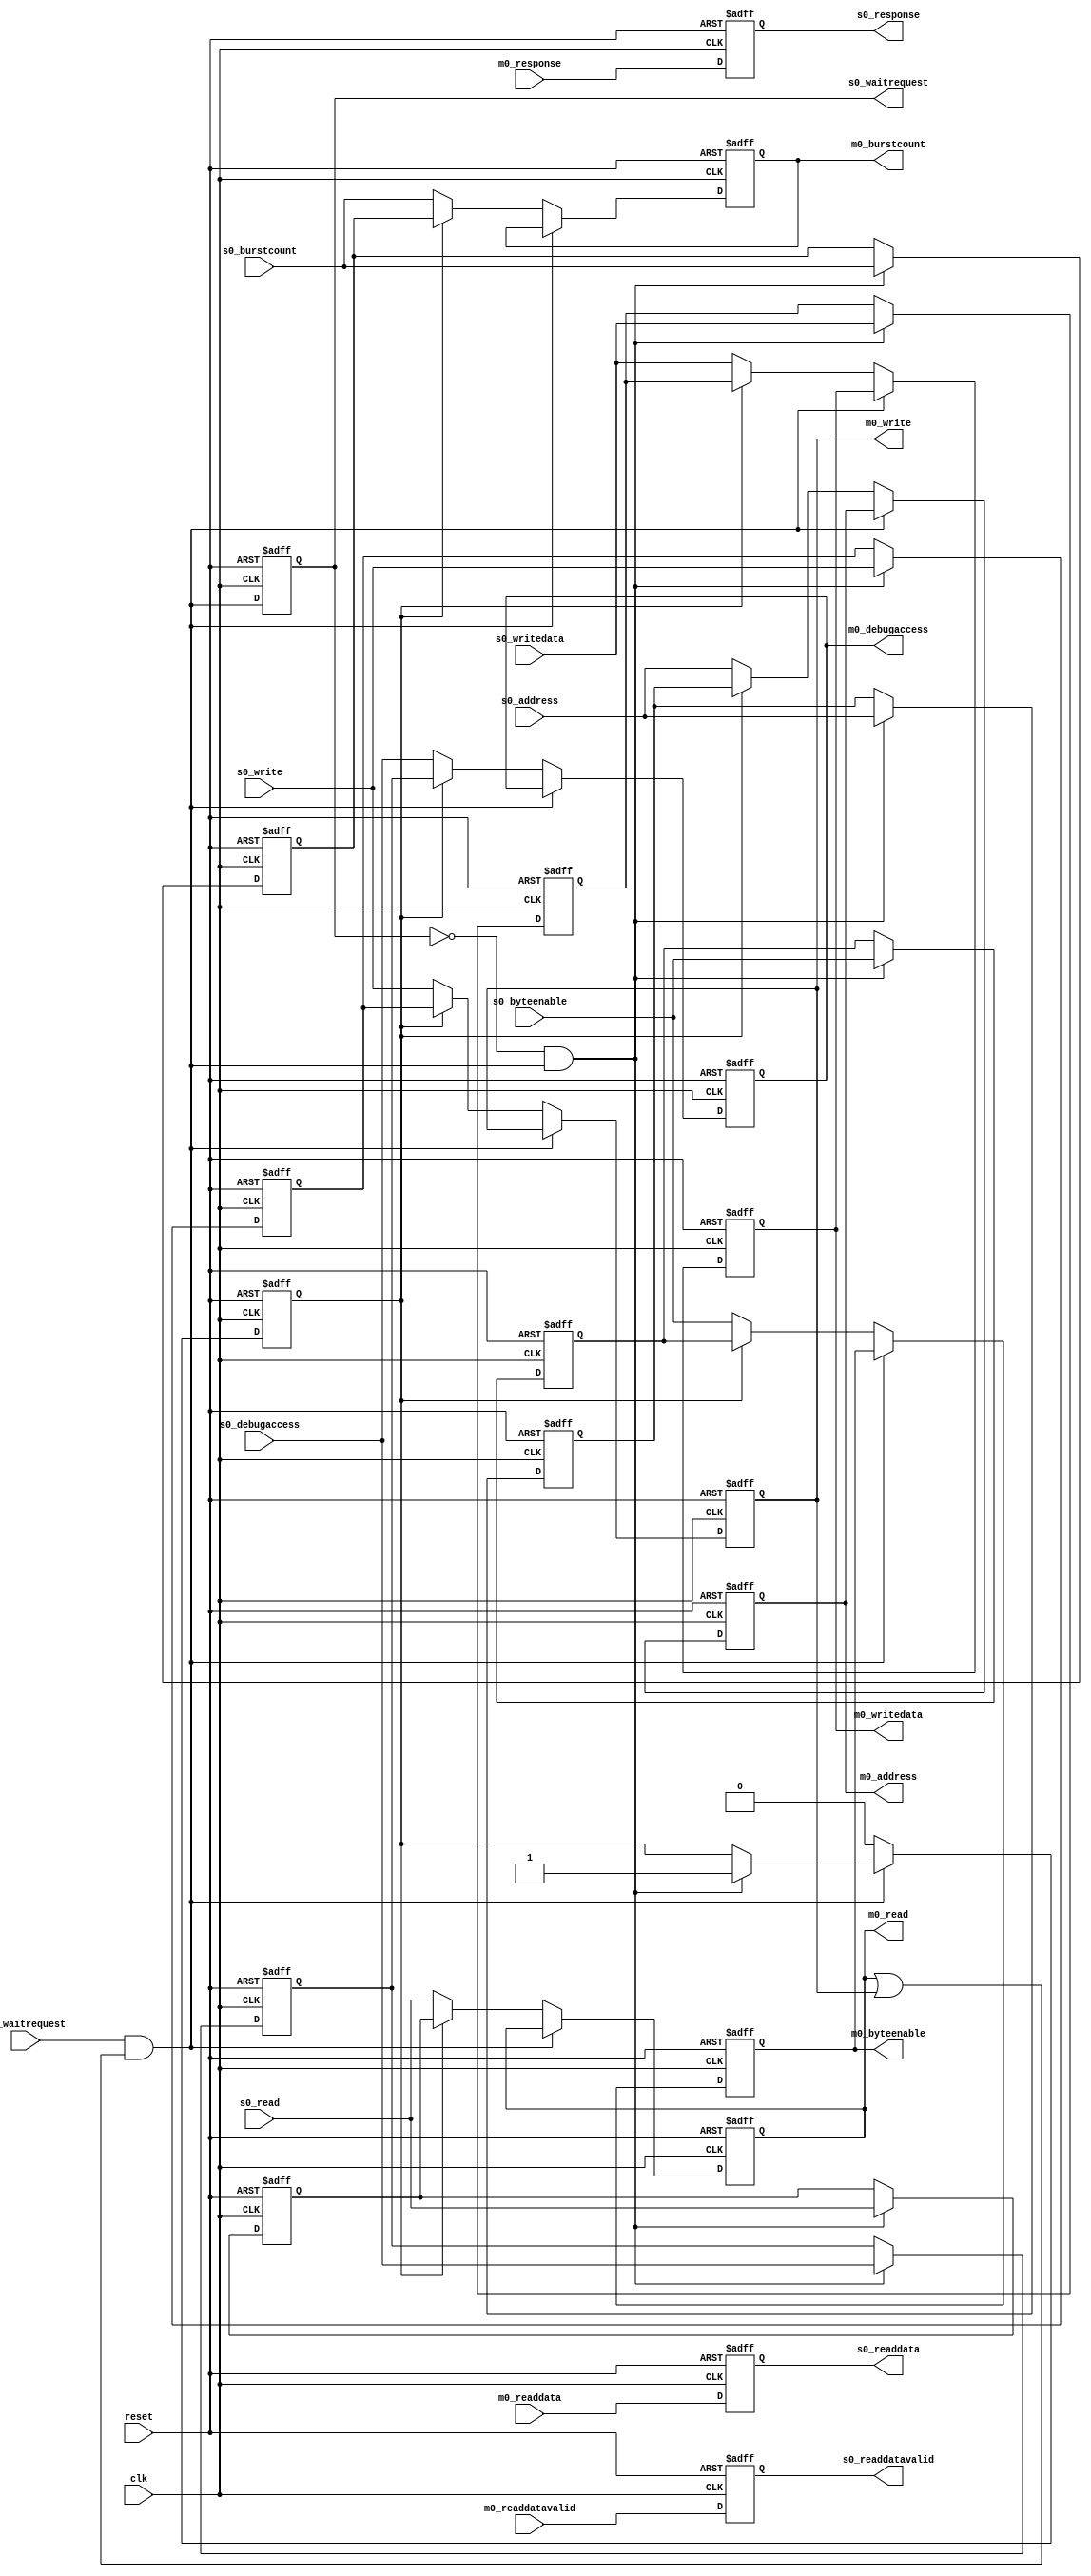
// (C) 2001-2017 Intel Corporation. All rights reserved.
// Your use of Intel Corporation's design tools, logic functions and other
// Redistribution  and  use  in source  and  binary  forms,  with  or  without
// modification, are permitted provided that the following conditions are met:
//
// * Redistributions of  source code  must retain the  above copyright notice,
//   this list of conditions and the following disclaimer.
// * Redistributions in binary form must reproduce the above copyright notice,
//   this list of conditions and the following disclaimer in the documentation
//   and/or other materials provided with the distribution.
// * Neither the name  of Intel Corporation  nor the names of its contributors
//   may be used to  endorse or promote  products derived  from this  software
//   without specific prior written permission.
//
// THIS SOFTWARE IS PROVIDED BY THE COPYRIGHT HOLDERS AND CONTRIBUTORS "AS IS"
// AND ANY EXPRESS OR IMPLIED WARRANTIES, INCLUDING,  BUT NOT LIMITED TO,  THE
// IMPLIED WARRANTIES OF  MERCHANTABILITY AND FITNESS FOR A PARTICULAR PURPOSE
// ARE DISCLAIMED.  IN NO EVENT  SHALL THE COPYRIGHT OWNER  OR CONTRIBUTORS BE
// LIABLE  FOR  ANY  DIRECT,  INDIRECT,  INCIDENTAL,  SPECIAL,  EXEMPLARY,  OR
// CONSEQUENTIAL  DAMAGES  (INCLUDING,  BUT  NOT LIMITED  TO,  PROCUREMENT  OF
// SUBSTITUTE GOODS OR SERVICES;  LOSS OF USE,  DATA, OR PROFITS;  OR BUSINESS
// INTERRUPTION)  HOWEVER CAUSED  AND ON ANY THEORY  OF LIABILITY,  WHETHER IN
// CONTRACT,  STRICT LIABILITY,  OR TORT  (INCLUDING NEGLIGENCE  OR OTHERWISE)
// ARISING IN ANY WAY OUT OF THE USE OF THIS SOFTWARE,  EVEN IF ADVISED OF THE
// POSSIBILITY OF SUCH DAMAGE.



// $Id: //acds/rel/16.0/ip/merlin/altera_avalon_mm_bridge/altera_avalon_mm_bridge.v#1 $
// $Revision: #1 $
// $Date: 2016/02/08 $
// $Author: swbranch $
// --------------------------------------
// Avalon-MM pipeline bridge
//
// Optionally registers Avalon-MM command and response signals
// --------------------------------------

`timescale 1 ns / 1 ns
module altera_avalon_mm_bridge
#(
    parameter DATA_WIDTH           = 32,
    parameter SYMBOL_WIDTH         = 8,
    parameter RESPONSE_WIDTH       = 2,
    parameter HDL_ADDR_WIDTH       = 10,
    parameter BURSTCOUNT_WIDTH     = 1,

    parameter PIPELINE_COMMAND     = 1,
    parameter PIPELINE_RESPONSE    = 1,

    // --------------------------------------
    // Derived parameters
    // --------------------------------------
    parameter BYTEEN_WIDTH = DATA_WIDTH / SYMBOL_WIDTH
)
(
    input                         clk,
    input                         reset,

    output                        s0_waitrequest,
    output [DATA_WIDTH-1:0]       s0_readdata,
    output                        s0_readdatavalid,
    output [RESPONSE_WIDTH-1:0]   s0_response,
    input  [BURSTCOUNT_WIDTH-1:0] s0_burstcount,
    input  [DATA_WIDTH-1:0]       s0_writedata,
    input  [HDL_ADDR_WIDTH-1:0]   s0_address,
    input                         s0_write,
    input                         s0_read,
    input  [BYTEEN_WIDTH-1:0]     s0_byteenable,
    input                         s0_debugaccess,

    input                         m0_waitrequest,
    input  [DATA_WIDTH-1:0]       m0_readdata,
    input                         m0_readdatavalid,
    input  [RESPONSE_WIDTH-1:0]   m0_response,
    output [BURSTCOUNT_WIDTH-1:0] m0_burstcount,
    output [DATA_WIDTH-1:0]       m0_writedata,
    output [HDL_ADDR_WIDTH-1:0]   m0_address,
    output                        m0_write,
    output                        m0_read,
    output [BYTEEN_WIDTH-1:0]     m0_byteenable,
    output                        m0_debugaccess
);
    // --------------------------------------
    // Registers & signals
    // --------------------------------------
    reg [BURSTCOUNT_WIDTH-1:0]   cmd_burstcount;
    reg [DATA_WIDTH-1:0]         cmd_writedata;
    reg [HDL_ADDR_WIDTH-1:0]     cmd_address;
    reg                          cmd_write;
    reg                          cmd_read;
    reg [BYTEEN_WIDTH-1:0]       cmd_byteenable;
    wire                         cmd_waitrequest;
    reg                          cmd_debugaccess;

    reg [BURSTCOUNT_WIDTH-1:0]   wr_burstcount;
    reg [DATA_WIDTH-1:0]         wr_writedata;
    reg [HDL_ADDR_WIDTH-1:0]     wr_address;
    reg                          wr_write;
    reg                          wr_read;
    reg [BYTEEN_WIDTH-1:0]       wr_byteenable;
    reg                          wr_debugaccess;

    reg [BURSTCOUNT_WIDTH-1:0]   wr_reg_burstcount;
    reg [DATA_WIDTH-1:0]         wr_reg_writedata;
    reg [HDL_ADDR_WIDTH-1:0]     wr_reg_address;
    reg                          wr_reg_write;
    reg                          wr_reg_read;
    reg [BYTEEN_WIDTH-1:0]       wr_reg_byteenable;
    reg                          wr_reg_waitrequest;
    reg                          wr_reg_debugaccess;

    reg                          use_reg;
    wire                         wait_rise;

    reg [DATA_WIDTH-1:0]         rsp_readdata;
    reg                          rsp_readdatavalid;
    reg [RESPONSE_WIDTH-1:0]     rsp_response;

    // --------------------------------------
    // Command pipeline
    //
    // Registers all command signals, including waitrequest
    // --------------------------------------
    generate if (PIPELINE_COMMAND == 1) begin

        // --------------------------------------
        // Waitrequest Pipeline Stage
        //
        // Output waitrequest is delayed by one cycle, which means
        // that a master will see waitrequest assertions one cycle
        // too late.
        //
        // Solution: buffer the command when waitrequest transitions
        // from low->high. As an optimization, we can safely assume
        // waitrequest is low by default because downstream logic
        // in the bridge ensures this.
        //
        // Note: this implementation buffers idle cycles should
        // waitrequest transition on such cycles. This is a potential
        // cause for throughput loss, but ye olde pipeline bridge did
        // the same for years and no one complained. Not buffering idle
        // cycles costs logic on the waitrequest path.
        // --------------------------------------
        assign s0_waitrequest = wr_reg_waitrequest;
        assign wait_rise      = ~wr_reg_waitrequest & cmd_waitrequest;

        always @(posedge clk, posedge reset) begin
            if (reset) begin
                wr_reg_waitrequest <= 1'b1;
                // --------------------------------------
                // Bit of trickiness here, deserving of a long comment.
                //
                // On the first cycle after reset, the pass-through
                // must not be used or downstream logic may sample
                // the same command twice because of the delay in
                // transmitting a falling waitrequest.
                //
                // Using the registered command works on the condition
                // that downstream logic deasserts waitrequest
                // immediately after reset, which is true of the
                // next stage in this bridge.
                // --------------------------------------
                use_reg            <= 1'b1;

                wr_reg_burstcount <= 1'b1;
                wr_reg_writedata  <= 0;
                wr_reg_byteenable <= {BYTEEN_WIDTH{1'b1}};
                wr_reg_address    <= 0;
                wr_reg_write      <= 1'b0;
                wr_reg_read       <= 1'b0;
                wr_reg_debugaccess <= 1'b0;
            end else begin
                wr_reg_waitrequest <= cmd_waitrequest;

                if (wait_rise) begin
                    wr_reg_writedata  <= s0_writedata;
                    wr_reg_byteenable <= s0_byteenable;
                    wr_reg_address    <= s0_address;
                    wr_reg_write      <= s0_write;
                    wr_reg_read       <= s0_read;
                    wr_reg_burstcount <= s0_burstcount;
                    wr_reg_debugaccess <= s0_debugaccess;
                end

                // stop using the buffer when waitrequest is low
                if (~cmd_waitrequest)
                     use_reg <= 1'b0;
                else if (wait_rise) begin
                    use_reg <= 1'b1;
                end

            end
        end

        always @* begin
            wr_burstcount  =  s0_burstcount;
            wr_writedata   =  s0_writedata;
            wr_address     =  s0_address;
            wr_write       =  s0_write;
            wr_read        =  s0_read;
            wr_byteenable  =  s0_byteenable;
            wr_debugaccess =  s0_debugaccess;

            if (use_reg) begin
                wr_burstcount  =  wr_reg_burstcount;
                wr_writedata   =  wr_reg_writedata;
                wr_address     =  wr_reg_address;
                wr_write       =  wr_reg_write;
                wr_read        =  wr_reg_read;
                wr_byteenable  =  wr_reg_byteenable;
                wr_debugaccess =  wr_reg_debugaccess;
            end
        end

        // --------------------------------------
        // Master-Slave Signal Pipeline Stage
        //
        // One notable detail is that cmd_waitrequest is deasserted
        // when this stage is idle. This allows us to make logic
        // optimizations in the waitrequest pipeline stage.
        //
        // Also note that cmd_waitrequest is deasserted during reset,
        // which is not spec-compliant, but is ok for an internal
        // signal.
        // --------------------------------------
        wire no_command;
        assign no_command      = ~(cmd_read || cmd_write);
        assign cmd_waitrequest = m0_waitrequest & ~no_command;

        always @(posedge clk, posedge reset) begin
            if (reset) begin
                cmd_burstcount <= 1'b1;
                cmd_writedata  <= 0;
                cmd_byteenable <= {BYTEEN_WIDTH{1'b1}};
                cmd_address    <= 0;
                cmd_write      <= 1'b0;
                cmd_read       <= 1'b0;
                cmd_debugaccess <= 1'b0;
            end
            else begin
                if (~cmd_waitrequest) begin
                    cmd_writedata  <= wr_writedata;
                    cmd_byteenable <= wr_byteenable;
                    cmd_address    <= wr_address;
                    cmd_write      <= wr_write;
                    cmd_read       <= wr_read;
                    cmd_burstcount <= wr_burstcount;
                    cmd_debugaccess <= wr_debugaccess;
                end
            end
        end

    end  // conditional command pipeline
    else begin

        assign s0_waitrequest   = m0_waitrequest;

        always @* begin
            cmd_burstcount   = s0_burstcount;
            cmd_writedata    = s0_writedata;
            cmd_address      = s0_address;
            cmd_write        = s0_write;
            cmd_read         = s0_read;
            cmd_byteenable   = s0_byteenable;
            cmd_debugaccess  = s0_debugaccess;
        end

    end
    endgenerate

    assign m0_burstcount    = cmd_burstcount;
    assign m0_writedata     = cmd_writedata;
    assign m0_address       = cmd_address;
    assign m0_write         = cmd_write;
    assign m0_read          = cmd_read;
    assign m0_byteenable    = cmd_byteenable;
    assign m0_debugaccess   = cmd_debugaccess;

    // --------------------------------------
    // Response pipeline
    //
    // Registers all response signals
    // --------------------------------------
    generate if (PIPELINE_RESPONSE == 1) begin

        always @(posedge clk, posedge reset) begin
            if (reset) begin
                rsp_readdatavalid <= 1'b0;
                rsp_readdata      <= 0;
                rsp_response      <= 0;
            end
            else begin
                rsp_readdatavalid <= m0_readdatavalid;
                rsp_readdata      <= m0_readdata;
                rsp_response      <= m0_response;
            end
        end

    end  // conditional response pipeline
    else begin

        always @* begin
            rsp_readdatavalid = m0_readdatavalid;
            rsp_readdata      = m0_readdata;
            rsp_response      = m0_response;
        end
    end
    endgenerate

    assign s0_readdatavalid = rsp_readdatavalid;
    assign s0_readdata      = rsp_readdata;
    assign s0_response      = rsp_response;

endmodule